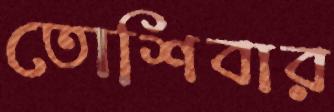
তোশিবার